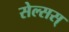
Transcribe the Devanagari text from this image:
सेल्सस्